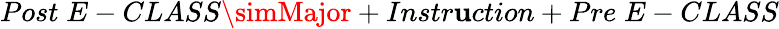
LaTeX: Post\; E-CLASS\simMajor+Instr\mathbf{u}ction+Pre\; E-CLASS